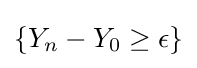
\left\{Y_{n}-Y_{0}\geq \epsilon \right\}